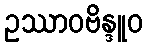
ဥဿာဝဗိန္ဒူဝ